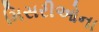
મિસરીઓના